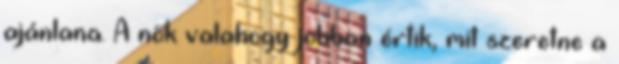
ajánlana. A nők valahogy jobban értik, mit szeretne a